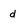
Character: d